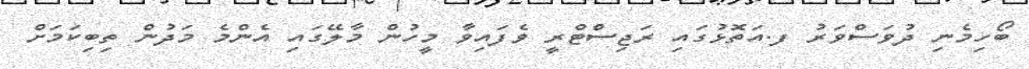
ބޯހިމެނި ދުވަސްވަރު ފ.އަތޮޅުގައި ރަޖިސްޓްރީ ވެފައިވާ މީހުން މާލޭގައި އެންމެ މަދުން ތިބިކަމަށް